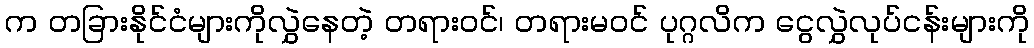
က တခြားနိုင်ငံများကိုလွှဲနေတဲ့ တရားဝင်၊ တရားမဝင် ပုဂ္ဂလိက ငွေလွှဲလုပ်ငန်းများကို